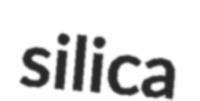
silica